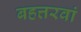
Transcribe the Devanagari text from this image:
बहत्तरवां